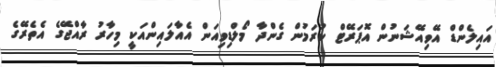
އައިލެންޑް އޭވިއޭޝަނުން އޮޕަރޭޓް ކުރަމުން ގެންދާ މޯލްޑިވިއަން އެއާލައިންއަކީ މިހާރު ރާއްޖޭގެ އެތެރޭގެ